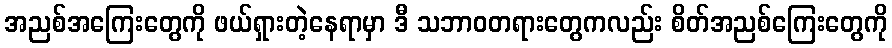
အညစ်အကြေးတွေကို ဖယ်ရှားတဲ့နေရာမှာ ဒီ သဘာဝတရားတွေကလည်း စိတ်အညစ်ကြေးတွေကို